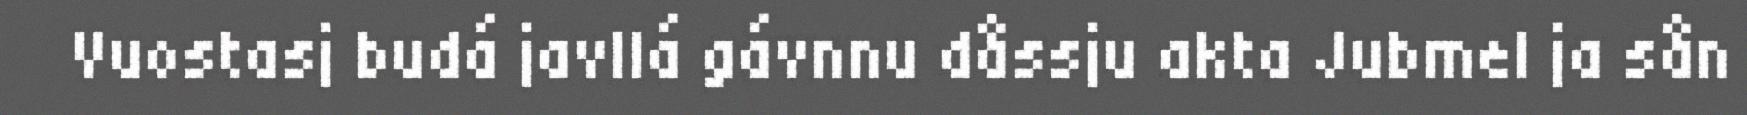
Vuostasj budá javllá gávnnu dåssju akta Jubmel ja sån